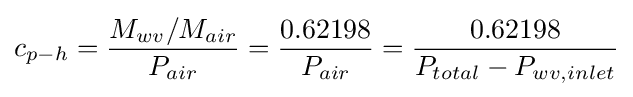
c_{p-h}={\frac {M_{wv}/M_{air}}{P_{air}}}={\frac {0.62198}{P_{air}}}={\frac {0.62198}{P_{total}-P_{wv,inlet}}}